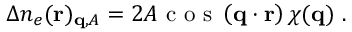
\begin{array} { r } { \Delta n _ { e } ( \mathbf { r } ) _ { \mathbf { q } , A } = 2 A \textnormal { c o s } \left( \mathbf { q } \cdot \mathbf { r } \right) \chi ( \mathbf { q } ) \ . } \end{array}